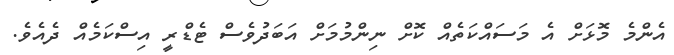
އެންމެ މޮޅަށް އެ މަސައްކަތެއް ކޮށް ނިންމުމަށް އަބަދުވެސް ޓެޑްރީ އިސްކަމެއް ދެއެވެ.